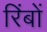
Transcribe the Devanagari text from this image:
रिंबों